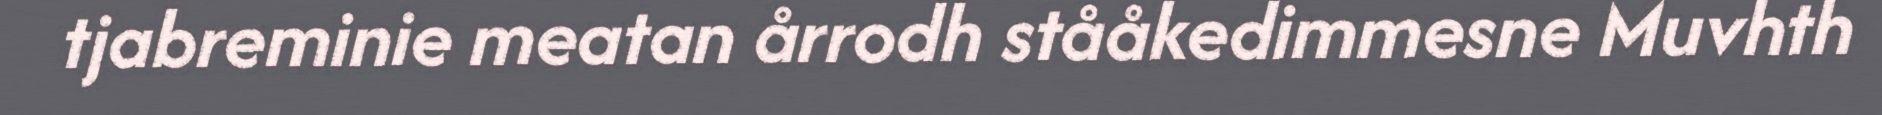
tjabreminie meatan årrodh stååkedimmesne Muvhth